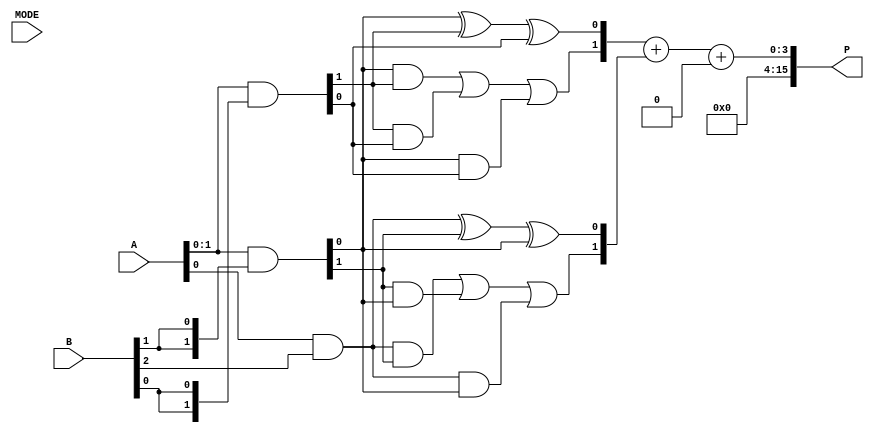
module dual_mode_wallace_tree_multiplier #(
    parameter N = 8 // Bit-width for input operands
)(
    input [N-1:0] A, // Input Operand A
    input [N-1:0] B, // Input Operand B
    input MODE,      // Mode Select (0: Low Power, 1: High Speed)
    output reg [2*N-1:0] P // Output Product
);

    // Partial Product Generation
    wire [N-1:0] partial_products[N-1:0];
    genvar i;
    generate
        for (i = 0; i < N; i = i + 1) begin
            assign partial_products[i] = A & {N{B[i]}};
        end
    endgenerate

    // Wallace Tree Reduction
    wire [2*N-1:0] wtree_sum [N-2:0];  // Wallace Tree sums
    wire [N-1:0] wtree_carry [N-2:0];   // Wallace Tree carries
    wire [N-1:0] final_sum;
    wire [N-1:0] final_carry;
    
    // Compressor module - combines 3 inputs to 2 outputs
    function [1:0] compressor;
        input [2:0] in;
        output [1:0] out;
        begin
            compressor[0] = in[0] ^ in[1] ^ in[2]; // Sum
            compressor[1] = (in[0] & in[1]) | (in[1] & in[2]) | (in[0] & in[2]); // Carry
        end
    endfunction

    // Wallace tree logic
    integer j;
    always @(*) begin
        // Initialize the output to zero
        P = 0;

        // Stage reduction based on mode
        for (j = 0; j < N-1; j = j + 1) begin
            if (j < N-2) begin
                {wtree_carry[j], wtree_sum[j]} = compressor({partial_products[j][0], 
                                                               partial_products[j][1], 
                                                               partial_products[j+1][0]});
            end else begin
                wtree_sum[j] = partial_products[j];
            end
        end
        
        // Final addition based on mode
        if (MODE == 1'b1) begin // High Speed Mode
            // Allow fast carry lookahead adder or optimized adder for high-speed
            {final_carry, final_sum} = wtree_sum[0] + wtree_sum[1];
            P = final_sum + final_carry; // More aggressive resource usage
        end else begin // Low Power Mode
            // Simple ripple carry for low power
            {final_carry, final_sum} = wtree_sum[0] + wtree_sum[1]; // Example only for 2 sums
            P = final_sum + final_carry; // More power-efficient at the cost of speed
        end
    end

endmodule